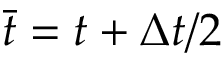
\bar { t } = t + \Delta t / 2